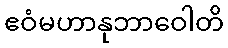
ဧဝံမဟာနုဘာဝေါတိ